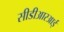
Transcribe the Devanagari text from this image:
सीडीआरआई